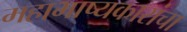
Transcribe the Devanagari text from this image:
महाभाष्यकारांचा